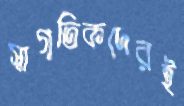
স্বাগতিকদেরই